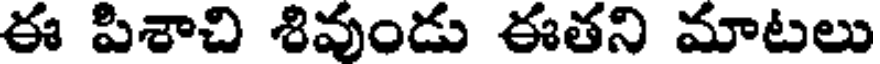
ఈ పిశాచి శివుండు ఈతని మాటలు